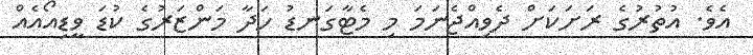
އެވެ. އުތުރުގެ ރަށަކަށް ދެވިއްޖެނަމަ މި މެޓާގަނޑު ހަދާ މަންޒަރުގެ ކުޑަ ވީޑިއޯއެއް